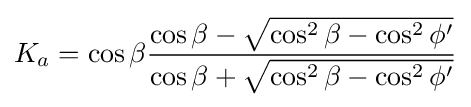
K_{a}=\cos \beta {\frac {\cos \beta -{\sqrt {\cos ^{2}\beta -\cos ^{2}\phi '}}}{\cos \beta +{\sqrt {\cos ^{2}\beta -\cos ^{2}\phi '}}}}